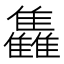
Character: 雥